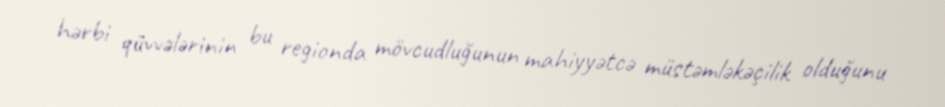
hərbi qüvvələrinin bu regionda mövcudluğunun mahiyyətcə müstəmləkəçilik olduğunu